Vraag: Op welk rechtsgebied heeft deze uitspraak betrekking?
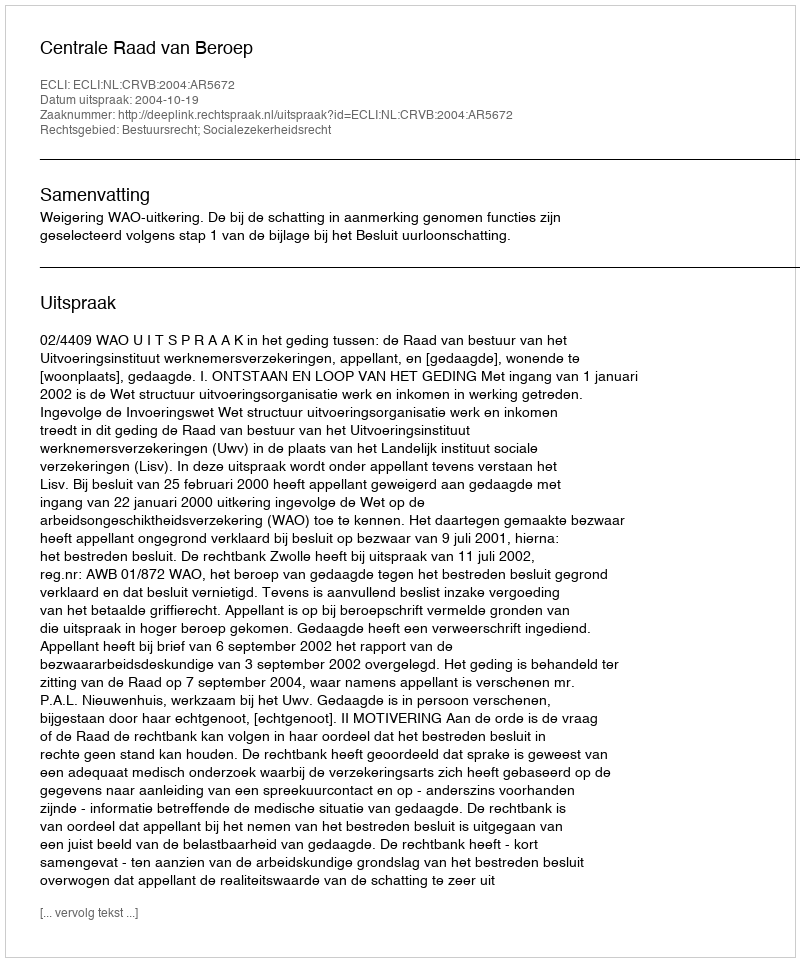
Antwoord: Bestuursrecht; Socialezekerheidsrecht